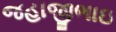
જહાજીભાઇ